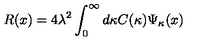
R ( x ) = 4 \lambda ^ { 2 } \int _ { 0 } ^ { \infty } d \kappa C ( \kappa ) \Psi _ { \kappa } ( x )